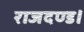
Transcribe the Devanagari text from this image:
राजदण्ड।